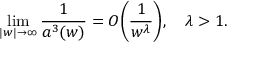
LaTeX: \operatorname * { l i m } _ { | w | \rightarrow \infty } \frac { 1 } { a ^ { 3 } ( w ) } = { \cal O } \biggl ( \frac { 1 } { w ^ { \lambda } } \biggr ) , \, \, \, \, \, \, \lambda > 1 .